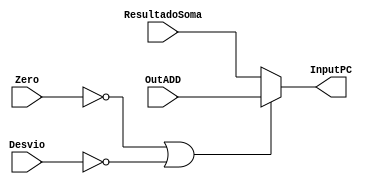
module Mux_PCSrc(Zero,Desvio,ResultadoSoma,OutADD,InputPC);
	input [31:0] OutADD,ResultadoSoma;
	input Zero,Desvio;
	output reg [31:0] InputPC;

	always@(Zero or OutADD or ResultadoSoma or Desvio)
	begin
		if( (Zero == 1'B0) || (Desvio == 1'B0) ) // OutADD||ResultadoSoma 0:1
		begin
			InputPC <= OutADD;
		end
			else
			begin
				InputPC <= ResultadoSoma;
			end
	end

endmodule